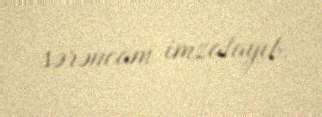
sərəncam imzalayıb.